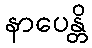
နာပေန္တိ